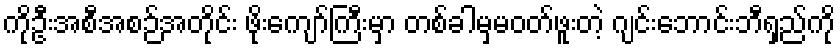
ကိုဦးအစီအစဉ်အတိုင်း ဖိုးကျော်ကြီးမှာ တစ်ခါမှမဝတ်ဖူးတဲ့ ဂျင်းဘောင်းဘီရှည်ကို